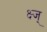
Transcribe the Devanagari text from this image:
क्ष्ज्